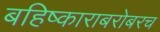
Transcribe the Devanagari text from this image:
बहिष्काराबरोबरच